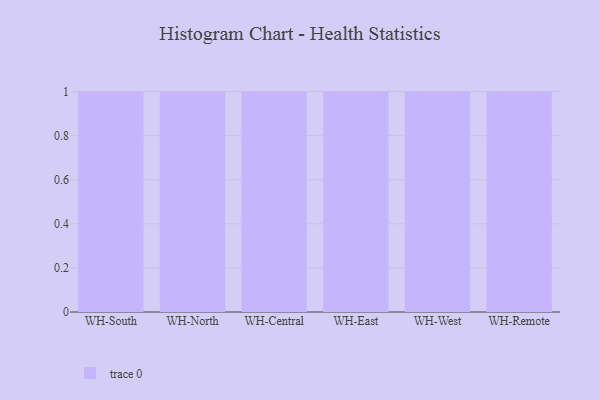
{"axis": {"x": "Warehouse", "y": "Humidity (%)"}, "legend": [""], "data": [{"x": "WH-South", "y": 18, "type": ""}, {"x": "WH-North", "y": 42, "type": ""}, {"x": "WH-Central", "y": 57, "type": ""}, {"x": "WH-East", "y": 17, "type": ""}, {"x": "WH-West", "y": 25, "type": ""}, {"x": "WH-Remote", "y": 12, "type": ""}]}